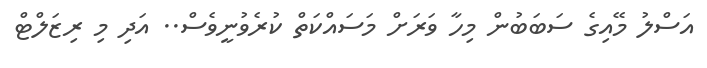
އަސްލު މޭއިގެ ސަބަބުން މިހާ ވަރަށް މަސައްކަތް ކުރެވުނީވެސް.. އަދި މި ރިޒަލްޓް